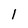
Character: l